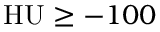
\mathrm { H U } \geq - 1 0 0